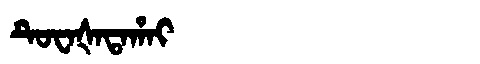
Manchu: ᡨᡠᠸᠠᡧᠠᡨᠠᡥᠠᡳ
Romanization: TUWAŠATAHAI